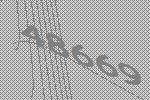
48669